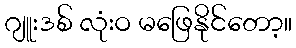
ဂျူးဒစ် လုံးဝ မဖြေနိုင်တော့။